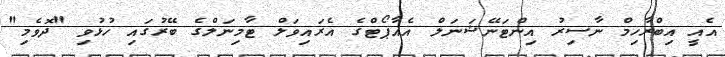
އެއީ އިބްރާހިމް ނާސިރު އިންޓަނޭޝަނަލް އެއާޕޯޓްގެ އެރައިވަލް ޓާމިނަލްގެ ބޭރުގައި ހުޅުވި "ދޮވެމި"